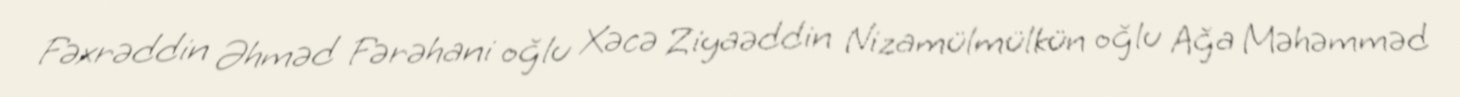
Fəxrəddin Əhməd Fərəhani oğlu Xəcə Ziyaəddin Nizamülmülkün oğlu Ağa Məhəmməd